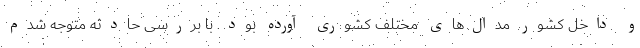
و داخل کشور مدال‌های مختلف کشوری آورده بود. با بررسی حادثه متوجه شدم